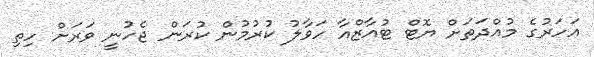
އަހަރުގެ މުއްދަތަށް ޔޮޓް ޓުއާޒްއާ ހަވާލު ކުރުމުން ކުރަން ޖެހުނީ ވަރަށް ހިތި